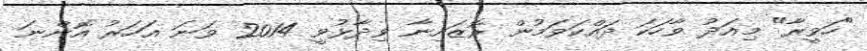
"ހަވީރާ" މިއަދު ވާހަކަ ދައްކަވަމުން ރޮޒައިނާ ވިދާޅުވީ 2014 ވަނަ އަހަރު އޮންނަ